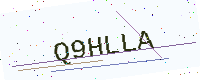
Text: Q9HLLA